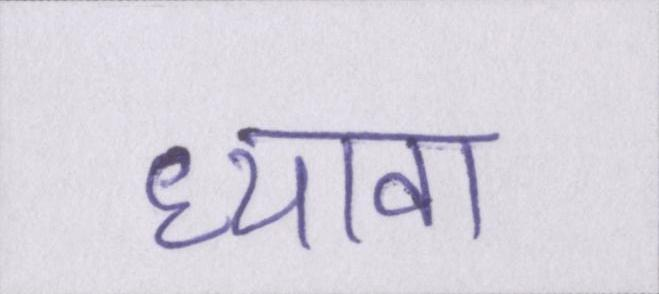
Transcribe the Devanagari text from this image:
ध्यावा